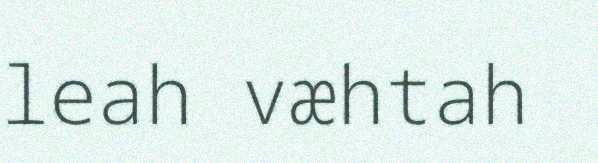
leah væhtah